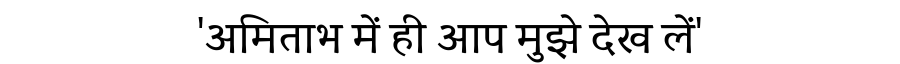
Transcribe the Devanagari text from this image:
'अमिताभ में ही आप मुझे देख लें'